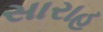
સારાહ